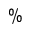
\%